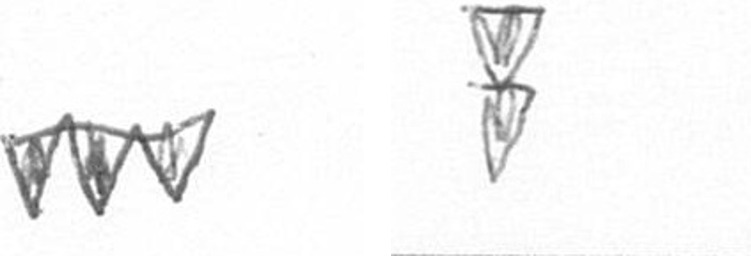
L Z